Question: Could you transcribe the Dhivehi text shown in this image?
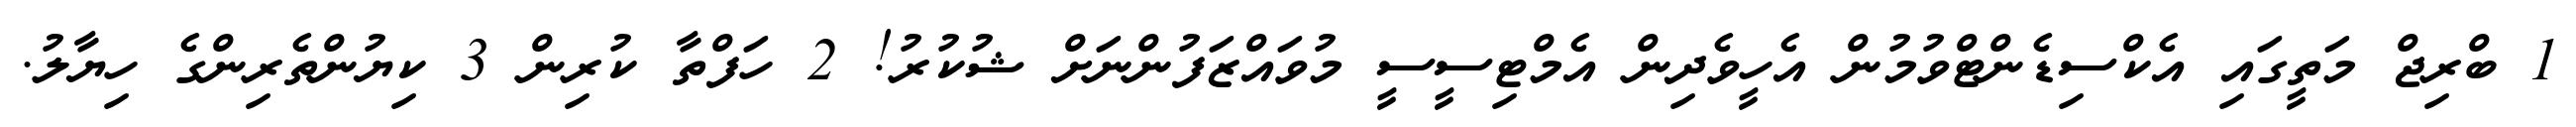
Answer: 1 ބްރިޖް މަތީގައި އެކްސިޑެންޓްވުމުން އެހީވެދިން އެމްޓިސީސީ މުވައްޒަފުންނަށް ޝުކުރު! 2 ހަފްތާ ކުރިން 3 ކިޔުންތެރިންގެ ހިޔާލު.